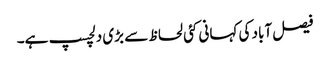
فیصل آباد کی کہانی کئی لحاظ سے بڑی دلچسپ ہے۔